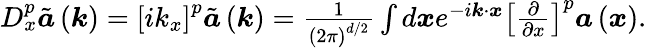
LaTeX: \begin{array}{r}{D_{x}^{p}\tilde{\boldsymbol{a}}\left(\boldsymbol{k}\right)=\left[ik_{x}\right]^{p}\tilde{\boldsymbol{a}}\left(\boldsymbol{k}\right)=\frac{1}{\left(2\pi\right)^{d/2}}\int d\boldsymbol{x}e^{-i\boldsymbol{k}\cdot\boldsymbol{x}}\left[\frac{\partial}{\partial x}\right]^{p}\boldsymbol{a}\left(\boldsymbol{x}\right).}\end{array}